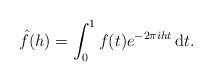
LaTeX: \begin{align*}\hat{f}(h)=\int_0^{1} f(t)e^{- 2\pi i h t}\,\mathrm dt. \end{align*}